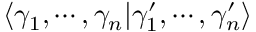
\langle \gamma _ { 1 } , \cdots , \gamma _ { n } | \gamma _ { 1 } ^ { \prime } , \cdots , \gamma _ { n } ^ { \prime } \rangle